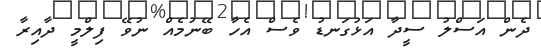
ދެން އަސްލު ސީދާ އަޅުގަނޑު ވެސް އެހާ ބޭނުމެއް ނުވޭ ފިލްމީ ދާއިރާ